Annual report on the health of the army in India
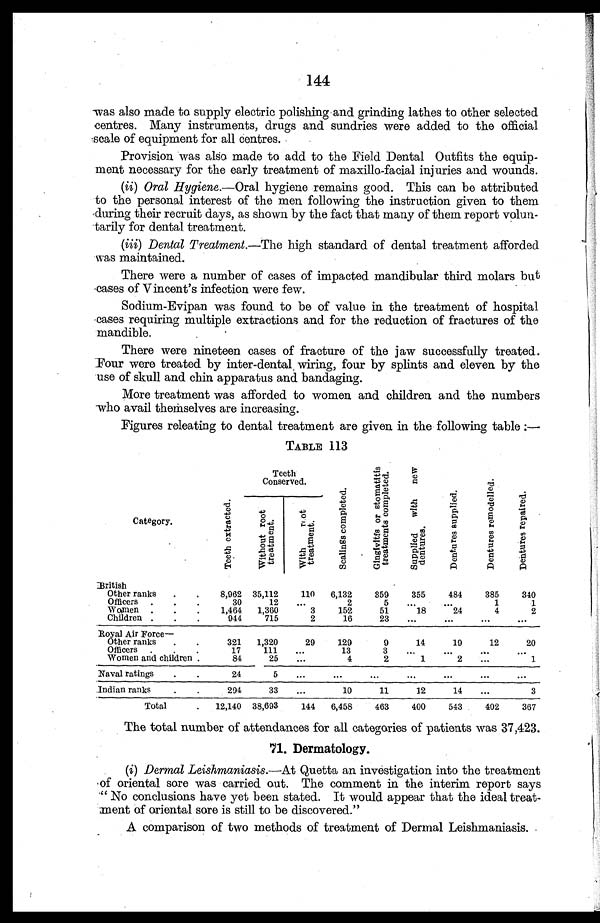
144
was also made to supply electric polishing and grinding lathes to other selected
centres. Many instruments, drugs and sundries were added to the official
scale of equipment for all centres.
Provision was also made to add to the Field Dental Outfits the equip
-ment necessary for the early treatment of maxillo-facial injuries and wounds.
(ii) Oral Hygiene .—Oral hygiene remains good. This can be attributed
to the personal interest of the men following the instruction given to them
during their recruit days, as shown by the fact that many of them report volun
-tarily for dental treatment.
(iii) Dental Treatment.— The high standard of dental treatment afforded
was maintained.
There were a number of cases of impacted mandibular third molars but
cases of Vincent's infection were few.
Sodium-Evipan was found to be of value in the treatment of hospital
cases requiring multiple extractions and for the reduction of fractures of the
mandible.
There were nineteen cases of fracture of the jaw successfully treated.
Four were treated by inter-dental wiring, four by splints and eleven by the
use of skull and chin apparatus and bandaging.
More treatment was afforded to women and children and the numbers
who avail themselves are increasing.
Figures releating to dental treatment are given in the following table :—
TABLE 113
C ategory.
T e e t h e x t r a c t e d .
Teeth
Conserved.
S c a l i n g s c o m p l e t e d .
G i n g i v i t f s o r s t o m a t i t i s t r e a t m e n t s c o m p l e t e d .
S u p p l i e d w i t h n e w d e n t u r e s .
D e n t u r e s s u p p l i e d .
D e n t u r e s r e m o d e l l e d .
D e n t u r e s r e p a i r e d .
W i t h o u t r o o t t r e a t m e n t .
W i t h r o o t t r e a t m e n t .
British
Other ranks . . .
8,962 35,112
110
6,132
359
355
484
385
340
O fficers . . .
30
12
. . .
2
5
. . .
. . .
1
1
Women . . .
1,464
1,360
3
152
51
18
24
4
2
Children . . .
944
715
2
16
23
. . .
. . .
. . .
. . .
Royal Air Force—
Other ranks . . .
321
1,320
29
129
9
14
19
12
20
Officers . . .
17
111
. . .
13
3
. . . . . .
. . .
. . .
Women and children . . .
84
25
. . .
4
2
1
2
. . .
1
Naval ratings . . .
24
5
. . .
. . .
. . .
. . .
. . .
. . .
. . .
Indian ranks . . .
294
33
. . .
10
11
12
14
. . .
3
Total . . .
12,140
38,693
144
6,458
463
400
543
402
367
The total number of attendances for all categories of patients was 37,423.
71. Dermatology.
(i) Dermal Leishmaniasis.— At Quetta an investigation into the treatment
of oriental sore was carried out. The comment in the interim report says
"No conclusions have yet been stated. It would appear that the ideal treat
-ment of oriental sore is still to be discovered."
A comparison of two methods of treatment of Dermal Leishmaniasis.